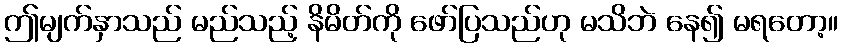
ဤမျက်နှာသည် မည်သည့် နိမိတ်ကို ဖော်ပြသည်ဟု မသိဘဲ နေ၍ မရတော့။